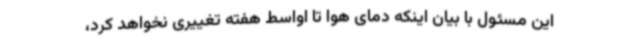
این مسئول با بیان اینکه دمای هوا تا اواسط هفته تغییری نخواهد کرد،